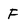
Character: F